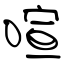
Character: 喧